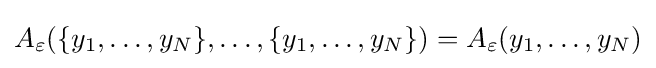
A_{\varepsilon }(\{y_{1},\ldots ,y_{N}\},\ldots ,\{y_{1},\ldots ,y_{N}\})=A_{\varepsilon }(y_{1},\ldots ,y_{N})